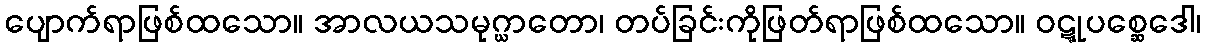
ပျောက်ရာဖြစ်ထသော။ အာလယသမုဂ္ဃာတော၊ တပ်ခြင်းကိုဖြတ်ရာဖြစ်ထသော။ ဝဋ္ဋုပစ္ဆေဒေါ၊